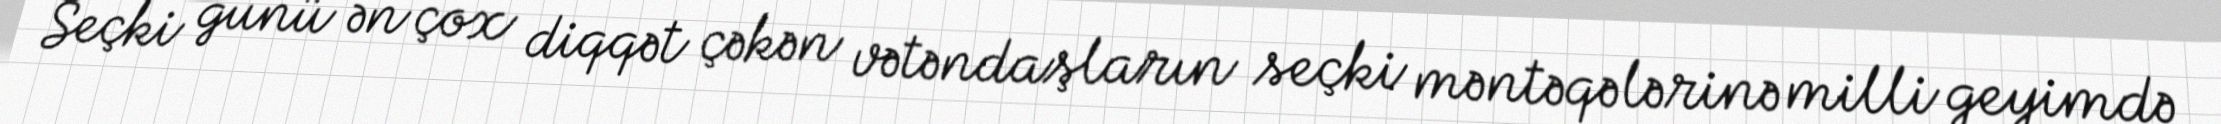
Seçki günü ən çox diqqət çəkən vətəndaşların seçki məntəqələrinə milli geyimdə